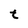
Character: t